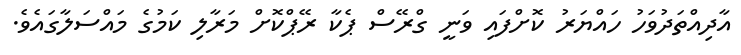
އާދިއްތަދުވަހު ހައްޔަރު ކޮށްފައި ވަނީ ގްރޭސް ޕެކާ ރޭޕްކޮށް މަރާލި ކަމުގެ މައްސަލާގައެވެ.